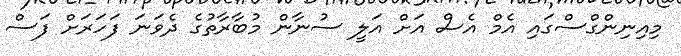
މިއިނިންގްސްގައި އެމް އެސް އަށް އަލީ ސުނާން މުބާރާތުގެ ދެވަނަ ފަހަރަށް ފަސް